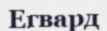
Егвард